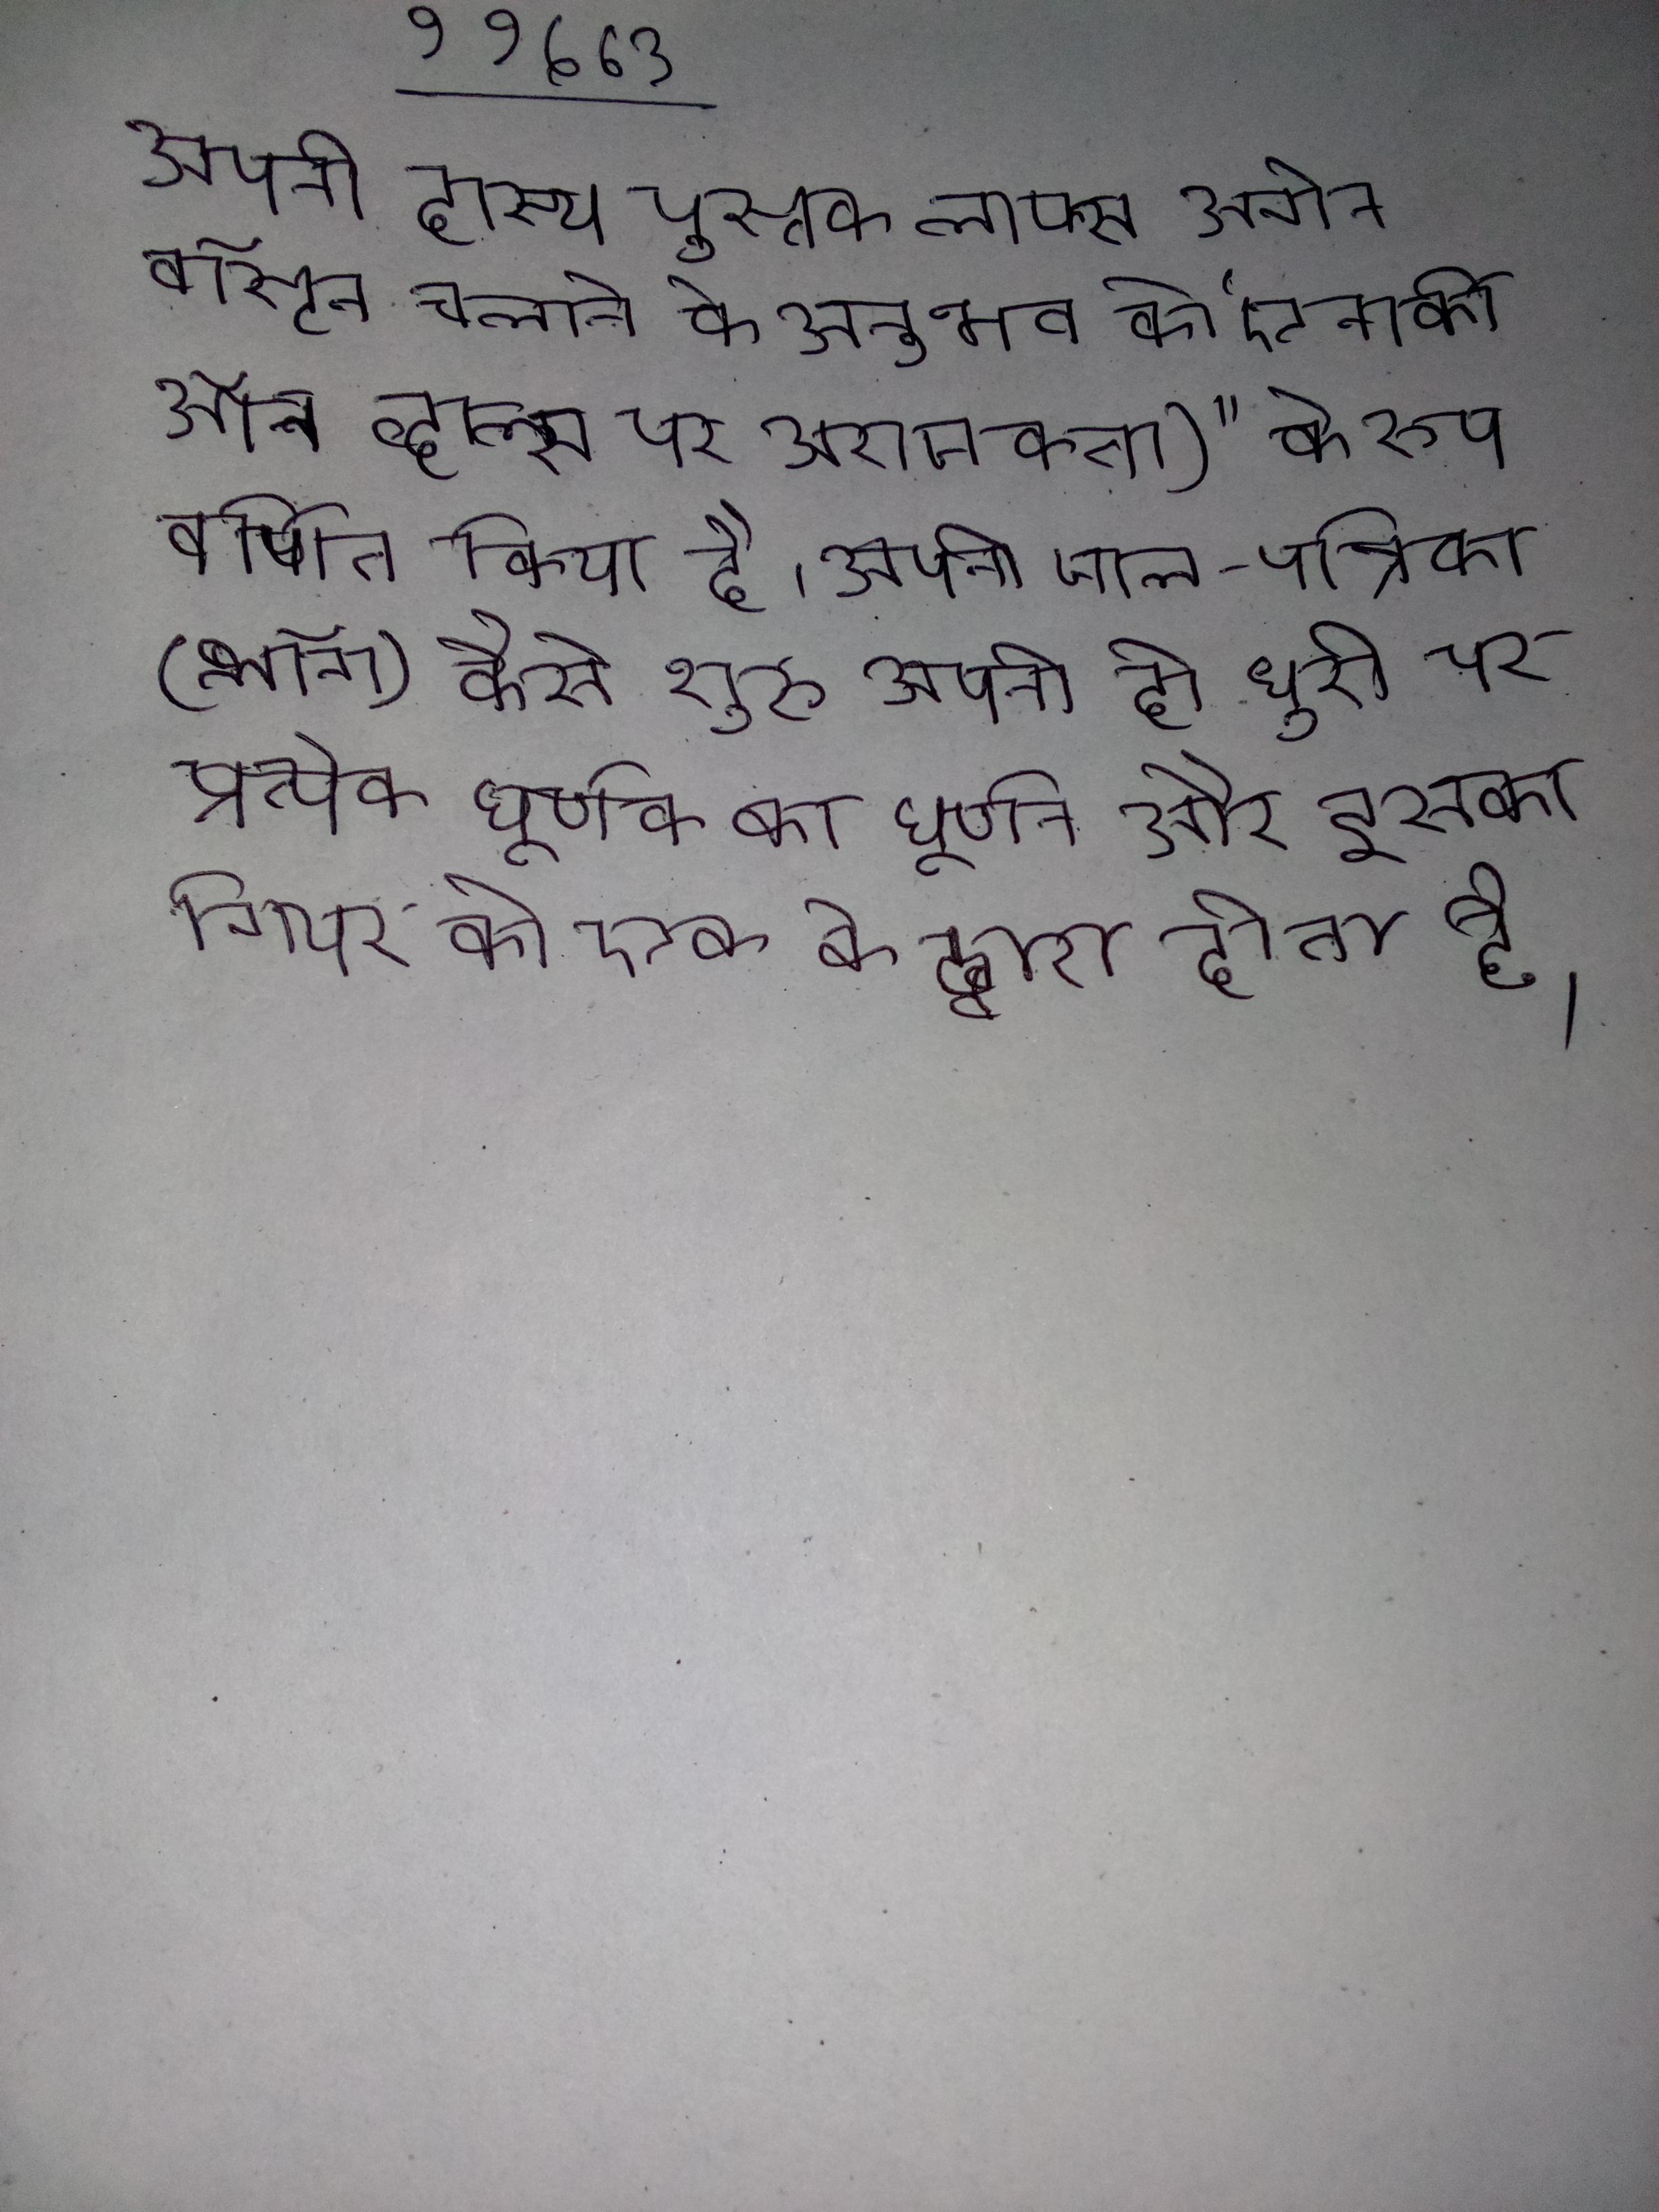
अपनी हास्य पुस्तक लाफ्स अगेन बॉस्टन चलाने के अनुभव को "एनार्की ऑन व्हील्स पर अराजकता)" के रूप वर्णित किया है । अपनी जाल-पत्रिका (ब्लॉग) कैसे शुरु अपनी ही धुरी पर प्रत्येक घूर्णक का घूर्णन और इसका गियर की एक के द्वारा होता है ।